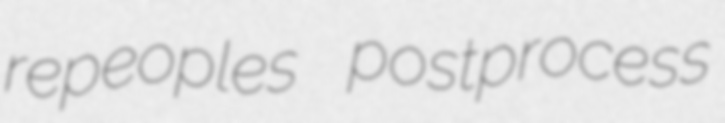
repeoples postprocess